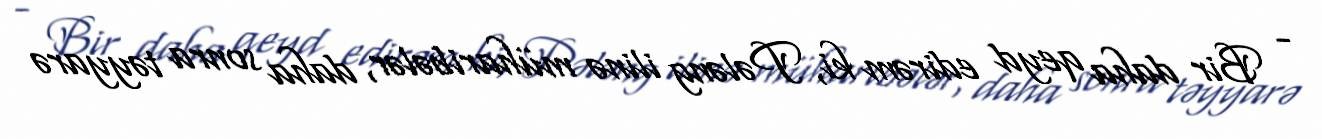
- Bir daha qeyd edirəm ki, Pələng ilinə müharibələr, daha sonra təyyarə